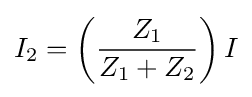
I_{2}=\left({\frac {Z_{1}}{Z_{1}+Z_{2}}}\right)I